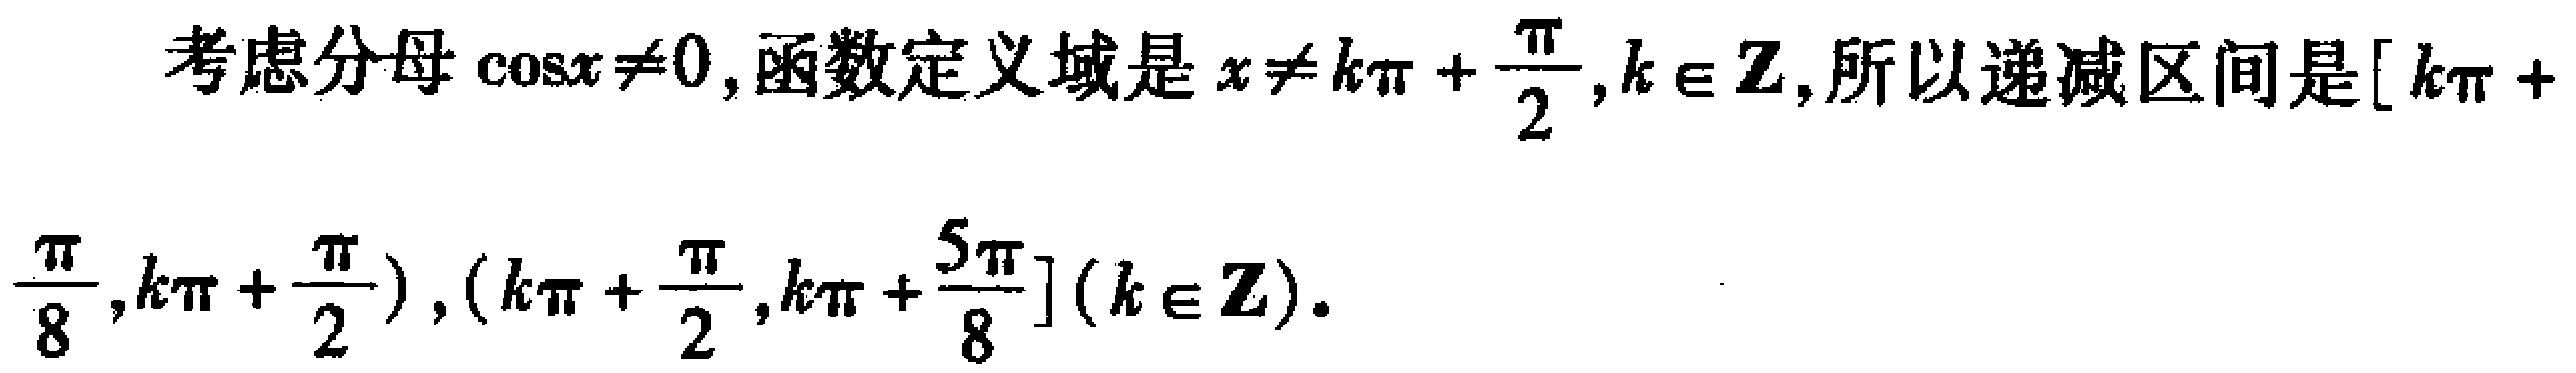
考虑分母\(\cos x\neq0\), 函数定义域是\(x\neq k\pi+\frac{\pi}{2},k\in \mathbb{Z}\), 所以递减区间是\([k\pi +\frac{\pi}{8},k\pi+\frac{\pi}{2}),(k\pi+\frac{\pi}{2},k\pi+\frac{5\pi}{8}](k\in \mathbb{Z})\).